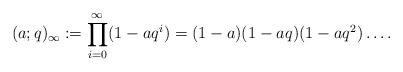
LaTeX: \begin{align*}(a;q)_{\infty}:=\prod_{i=0}^{\infty}(1-aq^{i})=(1-a)(1-aq)(1-aq^{2})\ldots.\end{align*}